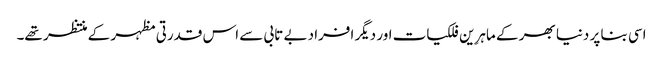
اسی بنا پر دنیا بھر کے ماہرِین فلکیات اور دیگر افراد بے تابی سے اس قدرتی مظہر کے منتظر تھے۔